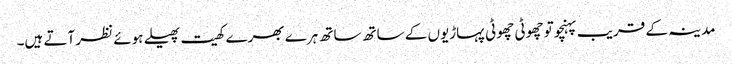
مدینہ کے قریب پہنچو تو چھوٹی چھوٹی پہاڑیوں کے ساتھ ساتھ ہرے بھرے کھیت پھیلے ہوئے نظر آتے ہیں۔